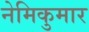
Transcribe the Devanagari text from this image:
नेमिकुमार